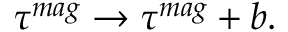
\tau ^ { m a g } \rightarrow \tau ^ { m a g } + b .